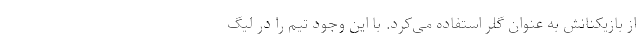
از بازیکنانش به عنوان گلر استفاده می‌کرد. با این وجود تیم را در لیگ